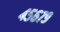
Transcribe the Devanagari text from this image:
४५६७९